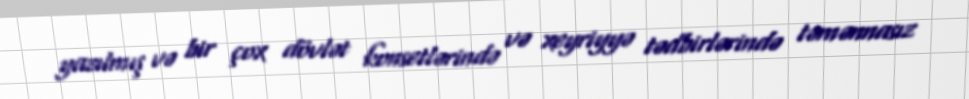
yazılmış və bir çox dövlət konsetlərində və xeyriyyə tədbirlərində təmənnasız